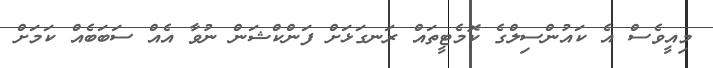
މިއީވެސް އެ ކައުންސިލްގެ ކޮމެޓީތައް ރަނގަޅަށް ފަންކްޝަން ނުވާ އެއް ސަބަބެއް ކަމަށް